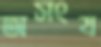
অসংয